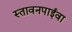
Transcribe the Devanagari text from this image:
स्तावनपाईवा